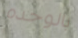
بالوحده